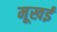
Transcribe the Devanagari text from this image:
मूखई